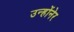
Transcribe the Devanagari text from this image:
उन्होंनेर